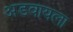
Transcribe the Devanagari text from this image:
अडवायला